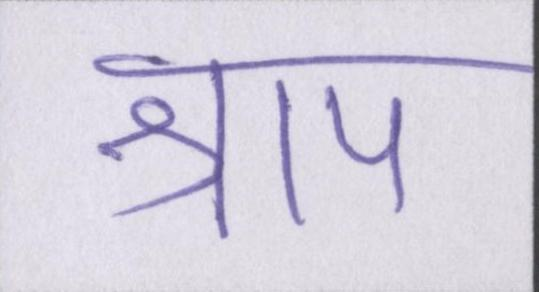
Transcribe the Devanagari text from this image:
श्राप